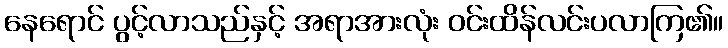
နေရောင် ပွင့်လာသည်နှင့် အရာအားလုံး ဝင်းထိန်လင်းပလာကြ၏။